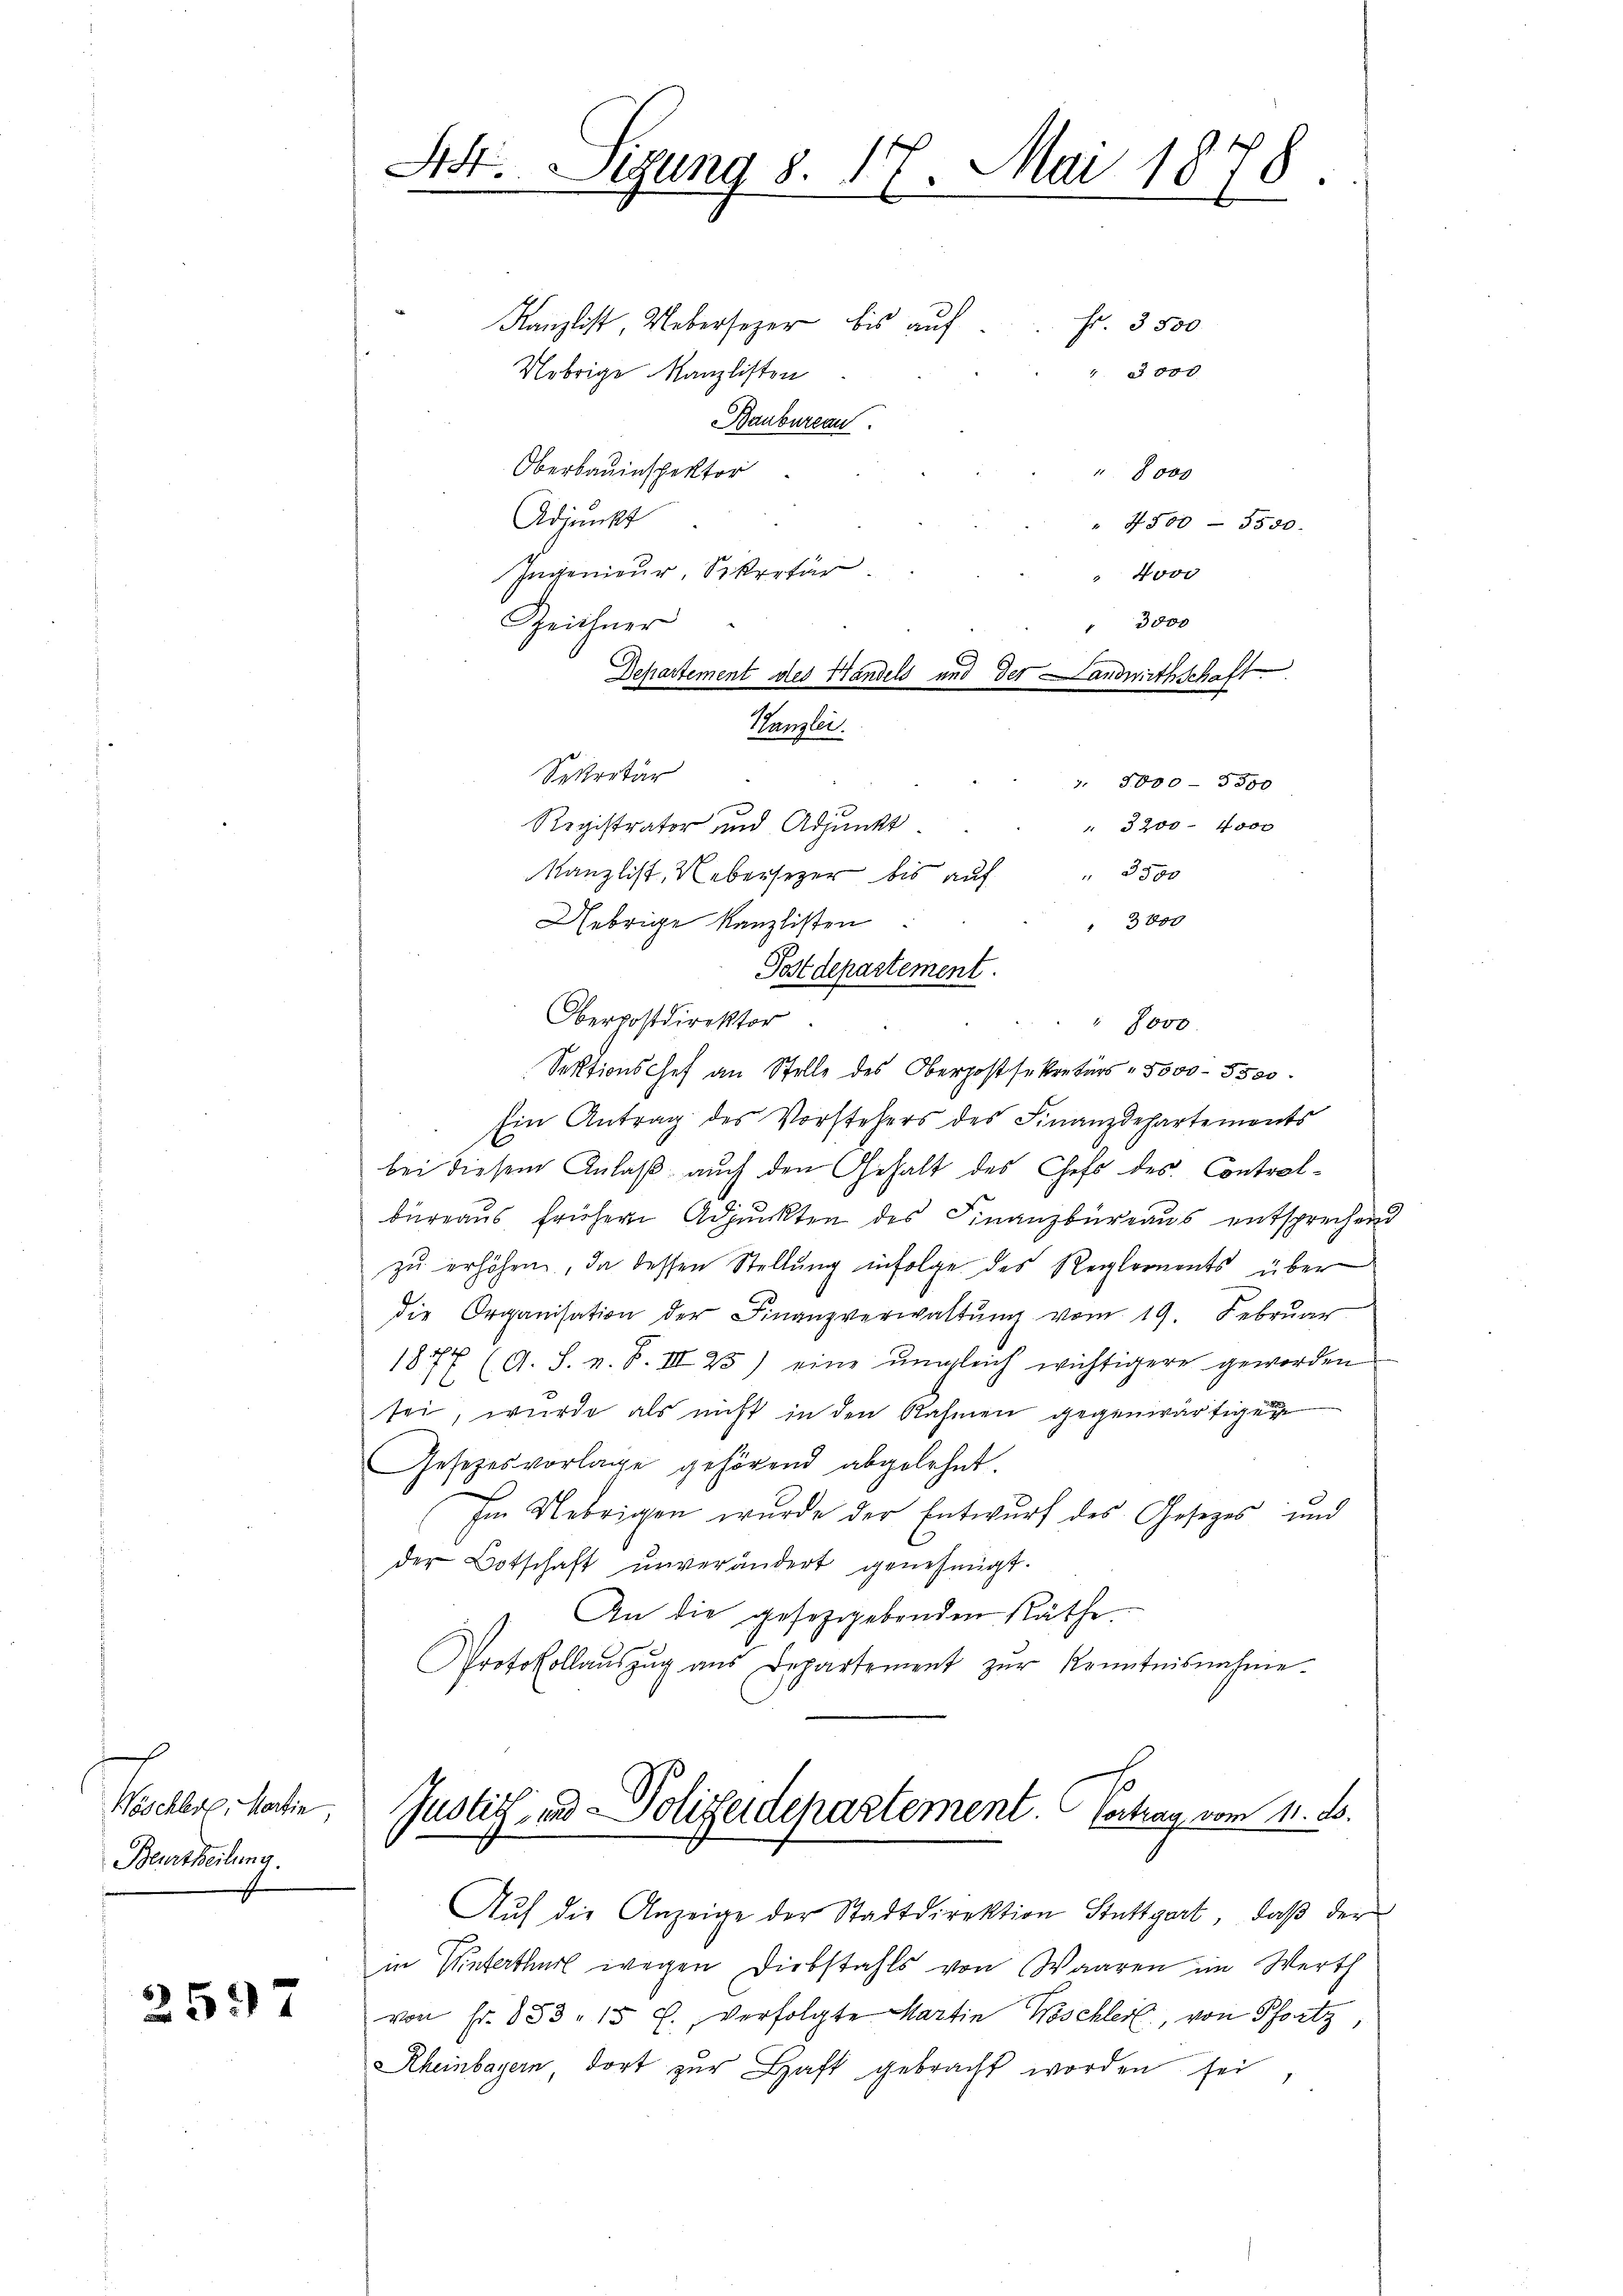
Nöschlos, Martie,
Beurtheilung.

2597

St. Sigung 8. 17. Mai 1878
e

Kanzlist, Uebersezer bis auf
Fr. 3500
Uebrige Kanzlisten
Baubureau.
Oberbauinspektor
Adjunkt
" 4300 - 3500.
Ingenieur, Sekretär
4 000
Kanzlist, Uebersezer bis aŭf " 3500
3800
Uebrige Kanzlisten
Postdepartement.
Oberpostdirektor
Sektionschef an Stelle des Oberpostsekretärs - 5000 - 5500.
Ein Antrag des Vorstehers des Finanzdepartements
bei diesem Anlaß auch den Gehalt des Chefs des Contral¬

büreaus frühern Adjunkten des Finanzbüreaus entsprechend
zu erhöhen, da dessen Stellung infolge des Reglements über
die Organisation der Finanzverwaltŭng vom 19. Febrŭar
1877 (A. S. z. B. III 25) eine ŭmgleich wichtigere geworden
sei, wurde als nicht in den Nahmen gegenwärtigen
Gesetzesvorlage gehörend abgelehnt.
Im Uebrigen wurde der Entwurf des Gesezes und
der Botschaft unverändert genehmigt.
An die gesezegebenden Räthe.
Protokollaŭszŭg aŭs Departement zŭr Kenntnisnahme.
Justiz und Polizeidepartement. Vertrag vom 11. ds.

3000
Zeichner
Departement des Handels und der Landwirthschaft
Kanzlei.
Sekretär
 5000 - 8300
Registrator und Adjunkt
" 3200 - 4000

0xx
 8000

1000

Auf die Anzeige der Stadtdirektion Stuttgart, daß der

in Untertheil wegen Diebstahls von Waaren im Werth
von Fr. 853. 15 f., verfolgte Martin Wöschleit, von Pfortz
Rheinbayern, dort zur Haft gebracht worden sei